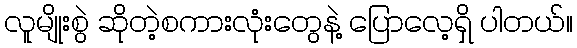
လူမျိုးစွဲ ဆိုတဲ့စကားလုံးတွေနဲ့ ပြောလေ့ရှိ ပါတယ်။